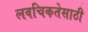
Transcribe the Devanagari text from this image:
लवचिकतेसाठी